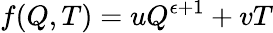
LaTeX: f(Q,T)=uQ^{\epsilon+1}+vT